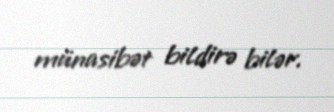
münasibət bildirə bilər.